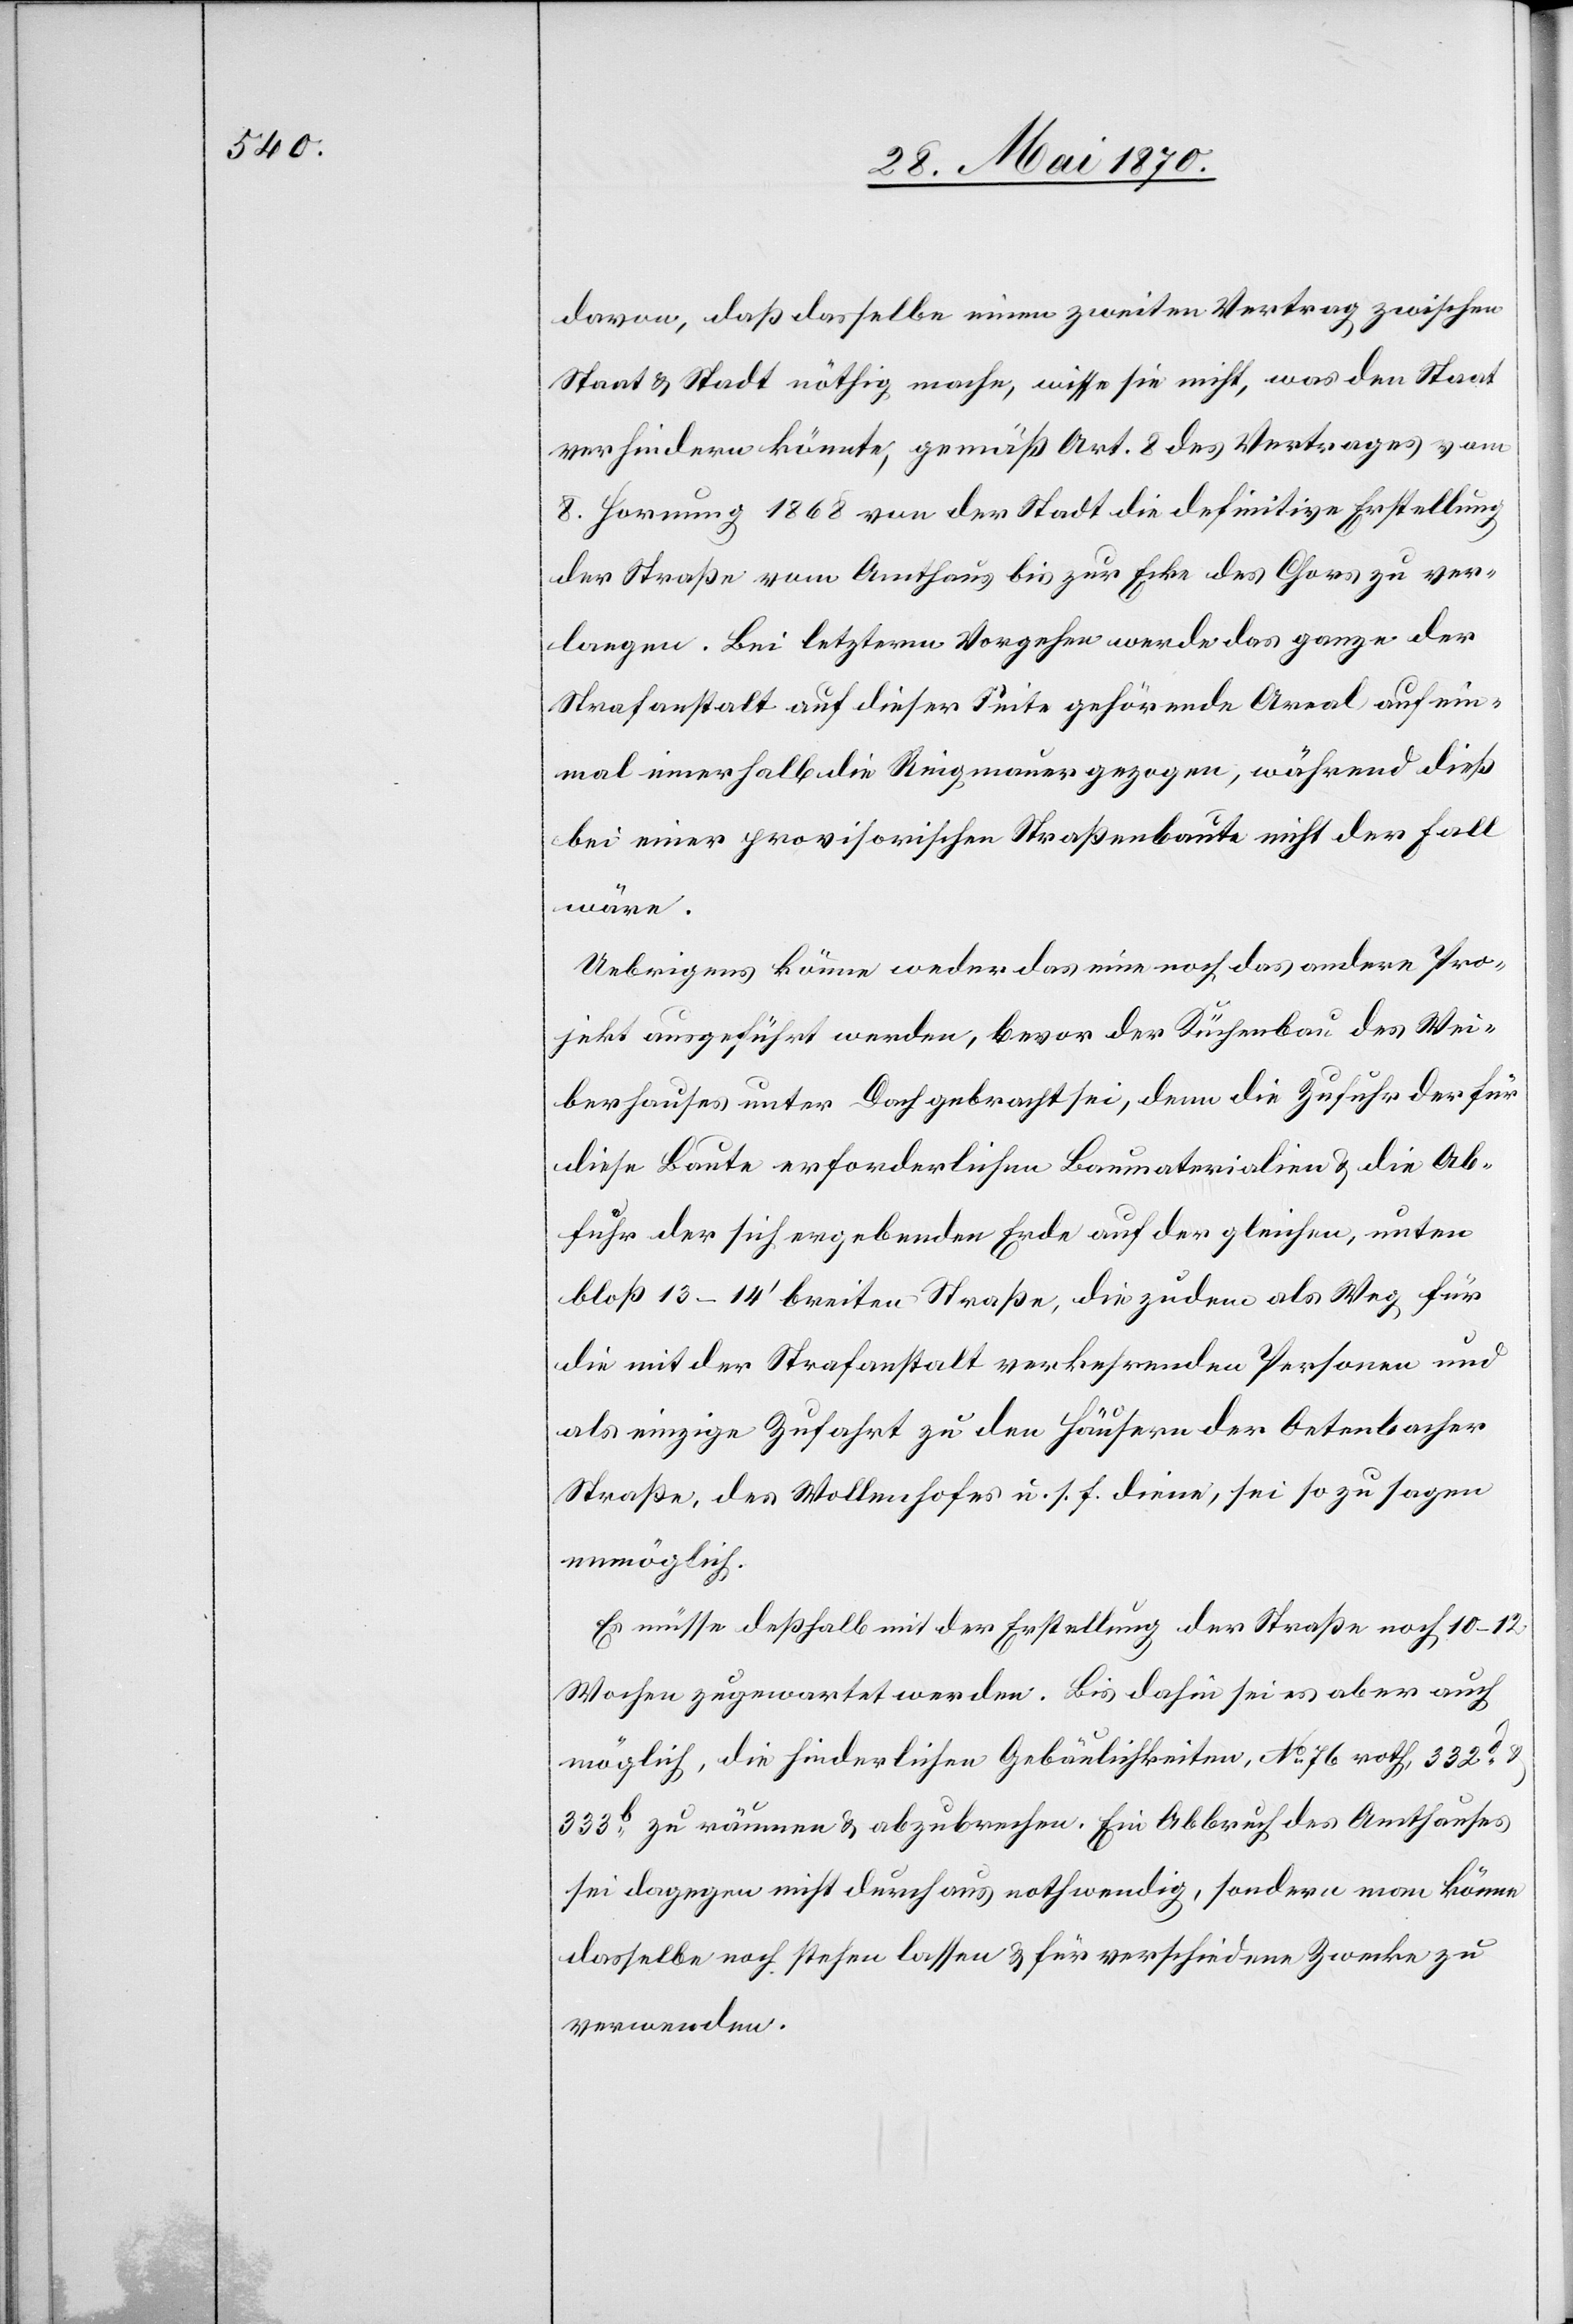
davon, daß dasselbe einen zweiten Vertrag zwischen
Staats & Stadt nöthig mache, wisse sie nicht, was den Staat
verhindern könnte, gemäß Art. 8 des Vertrages vom
8. Hornung 1868 von der Stadt die definitive Erstellung
der Straße vom Amthause bis zur Ecke des Chors zu ver¬
langen. Bei letzterm Vorgehen werde das ganze der
Strafanstalt auf dieser Seite gehörende Areal auf ein¬
mal innerhalb die Reigmauer gezogen, während dieß
bei einer provisorischen Straßenbaute nicht der Fall
wäre.
Uebrigens könne weder das eine noch das andere Pro¬
jekt ausgeführt werden, bevor der Küchenbau des Wei¬
berhauses unter Dach gebracht sei, denn die Zufuhr der für
diese Baute erforderlichen Baumaterialien & die Ab¬
fuhr der sich ergebenden Erde auf der gleichen, unten
bloß 13–14‘ breiten Straße, die zudem als Weg für
die mit der Strafanstalt verkehrenden Personen und
als einzige Zufahrt zu den Häusern der Oetenbacher
Straße, des Wollenhofes u. s. f. diene, sei so zu sagen
unmöglich.
Es müsse deßhalb mit der Erstellung der Straße noch 10–12
Wochen zugewartet werden. Bis dahin sei es aber auch
möglich, die hinderlichen Gebäulichkeiten, No 76 roth 332d &
333b zu räumen & abzubrechen. Ein Abbruch des Amthauses
sei dagegen nicht durchaus nothwendig, sondern man könne
dasselbe noch stehen lassen & für verschiedene Zwecke zu
verwenden.